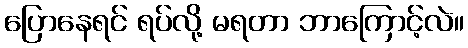
ပြောနေရင် ရပ်လို့ မရတာ ဘာကြောင့်လဲ။